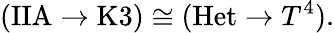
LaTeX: (\mathrm{IIA}\to\mathrm{K3})\cong(\mathrm{Het}\to T^{4}).